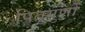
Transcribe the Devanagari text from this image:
पितृगुणों